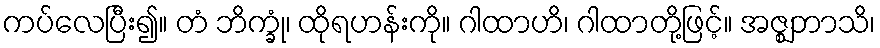
ကပ်လေပြီး၍။ တံ ဘိက္ခုံ၊ ထိုရဟန်းကို။ ဂါထာဟိ၊ ဂါထာတို့ဖြင့်။ အဇ္ဈဘာသိ၊